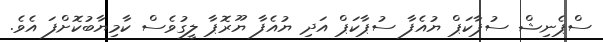
ސްޕެނިޝް ސުޕާކަޕް ޔުއެފާ ސުޕާކަޕް އަދި ޔުއެފާ ޔޫރޮޕާ ލީގުވެސް ކާމިޔާބުކޮށްފަ އެވެ.